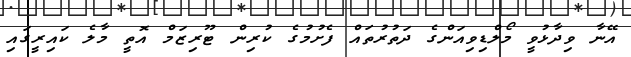
އޭނާ ވިދާޅުވީ މޯލްޑިވިއަންގެ ދަތުރުތައް ފެށުމުގެ ކުރިން ޓޫރިޒަމް އޮތީ މާލެ ކައިރީގައި